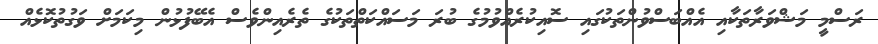
ރަސްމީ މަޝްވަރާތަކާއި އެއްބަސްވުންތަކުގައި ސޮއިކުރެއްވުމުގެ ބުރަ މަސައްކަތްތަކުގެ ތެރެއިންވެސް އެބޭފުޅުން މިކަމަށް ވަގުތުކޮޅެއް